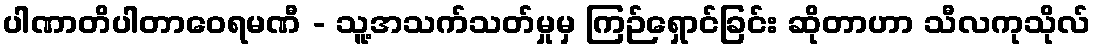
ပါဏာတိပါတာဝေရမဏီ - သူ့အသက်သတ်မှုမှ ကြဉ်ရှောင်ခြင်း ဆိုတာဟာ သီလကုသိုလ်